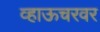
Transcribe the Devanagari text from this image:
व्हाऊचरवर